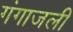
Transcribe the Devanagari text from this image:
गंगाजली